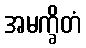
အမက္ခိတံ